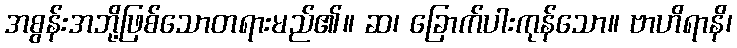
အစွန်းအဘို့ဖြစ်သောတရားမည်၏။ ဆ၊ ခြောက်ပါးကုန်သော။ ဗာဟိရာနိ၊